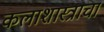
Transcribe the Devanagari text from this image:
कलाशास्त्राचा